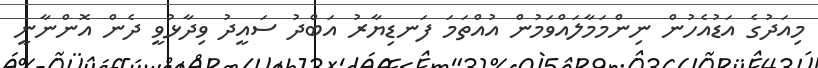
މިއަދުގެ އަޑުއެހުން ނިންމަމާލައްވަމުން އުއްތަމަ ފަނޑިޔާރު އަބްދު ސައީދު ވިދާޅުވީ ދެން އޮންނާނީ